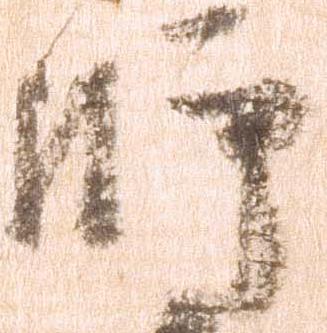
師